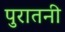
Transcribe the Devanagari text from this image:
पुरातनी